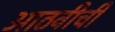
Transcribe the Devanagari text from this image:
आठवीची